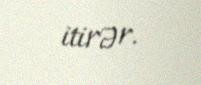
itirər.